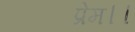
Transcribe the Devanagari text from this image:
प्रेम।।